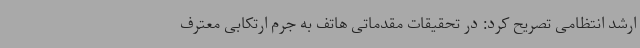
ارشد انتظامی تصریح کرد: در تحقیقات مقدماتی هاتف به جرم ارتکابی معترف